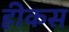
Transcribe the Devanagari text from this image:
हीकस